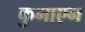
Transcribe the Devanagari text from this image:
कुमाएन